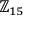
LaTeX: \mathbb { Z } _ { 1 5 }